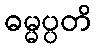
ဓမ္မပ္ပတိ